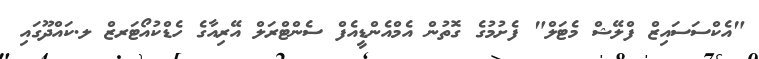
"އެކްސަސައިޒް ފްލޭޝް މެޓަލް" ފެށުމުގެ ގޮތުން އެމްއެންޑީއެފް ސެންޓްރަލް އޭރިއާގެ ހެޑްކުއޯޓަރޒް ލ.ކައްދޫގައި